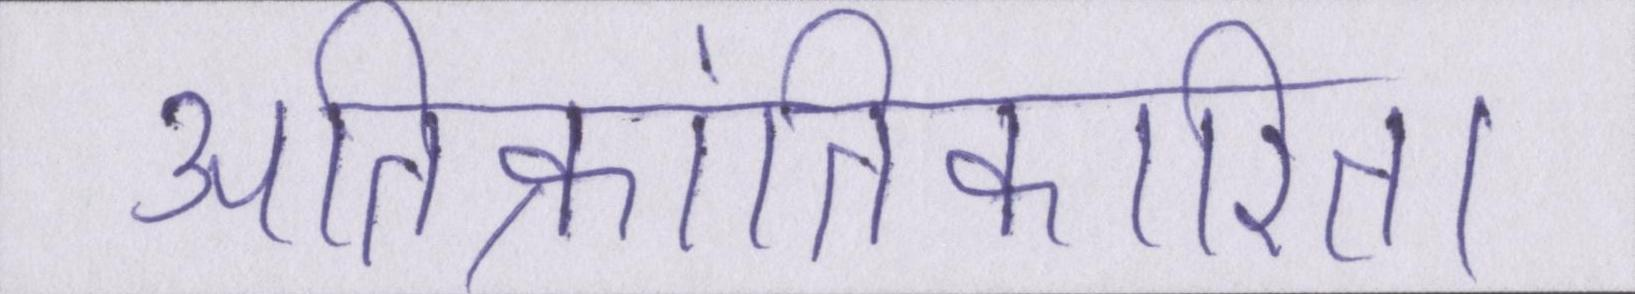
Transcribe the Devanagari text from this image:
अतिक्रांतिकारिता